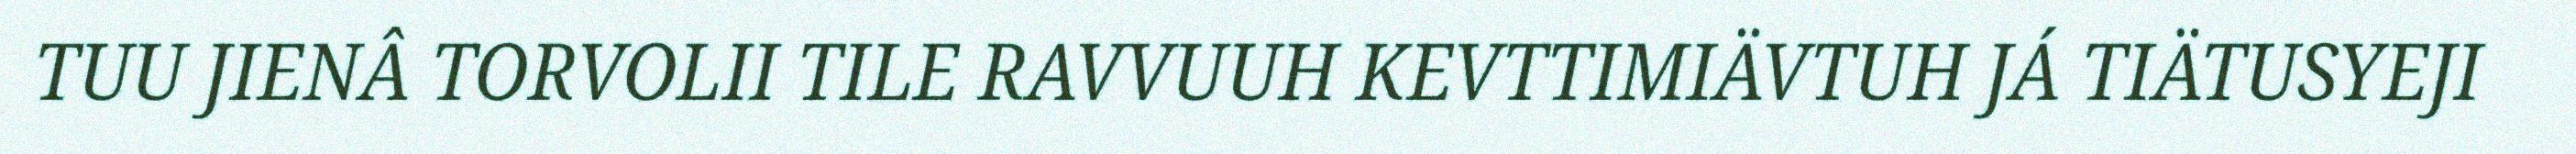
TUU JIENÂ TORVOLII TILE RAVVUUH KEVTTIMIÄVTUH JÁ TIÄTUSYEJI